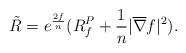
LaTeX: \begin{align*} \tilde{R}=e^{\frac{2f}n}(R_{f}^{P}+\frac 1n|\overline{\nabla}f|^2).\end{align*}